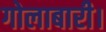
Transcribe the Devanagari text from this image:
गोलाबारी।